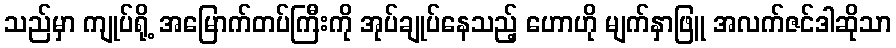
သည်မှာ ကျုပ်ရို့ အမြောက်တပ်ကြီးကို အုပ်ချုပ်နေသည့် ဟောဟို မျက်နှာဖြူ အလက်ဇင်ဒါဆိုသာ